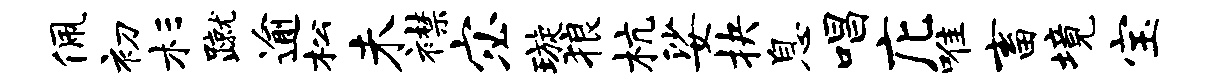
佩初杉蹴逾松未襟宓璇狼杭娑抉息唱庀唯畜境宝